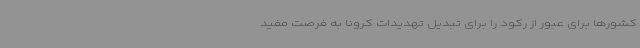
کشورها برای عبور از رکود را برای تبدیل تهدیدات کرونا به فرصت مفید